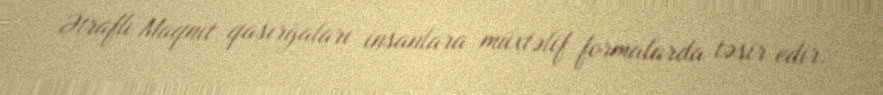
Ətraflı Maqnit qasırğaları insanlara müxtəlif formalarda təsir edir.